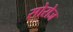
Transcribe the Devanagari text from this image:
सोरोज